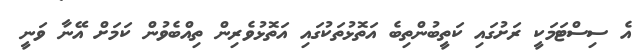
އެ ސިސްޓަމަކީ ރަށުގައި ކަތީބުންތިބެ އަތޮޅުތަކުގައި އަތޮޅުވެރިން ތިއްބެވުން ކަމަށް އޭނާ ވަނީ